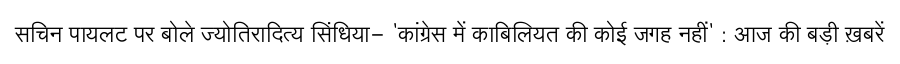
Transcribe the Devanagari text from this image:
सचिन पायलट पर बोले ज्योतिरादित्य सिंधिया- 'कांग्रेस में काबिलियत की कोई जगह नहीं' : आज की बड़ी ख़बरें